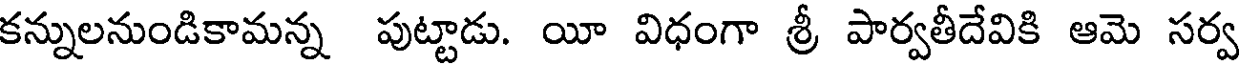
కన్నులనుండికామన్న పుట్టాడు. యీ విధంగా శ్రీ పార్వతీదేవికి ఆమె సర్వ